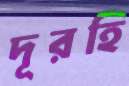
দূরহি